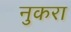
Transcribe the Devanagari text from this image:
नुकरा